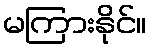
မကြားနိုင်။